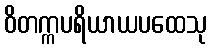
ဝိတက္ကပရိယာယပထေသု